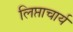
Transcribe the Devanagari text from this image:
लिप्ताचार्य